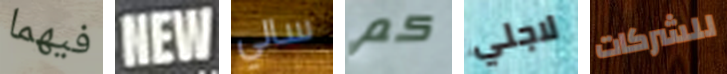
فيهما NEW سالي كم لاجلي للشركات